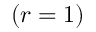
( r = 1 )